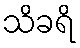
သိခရိ